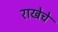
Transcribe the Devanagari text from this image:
राखेचे